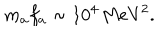
m _ { a } f _ { a } \sim 1 0 ^ { 4 } \, \mathrm { M e V } ^ { 2 } .